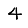
Digit: 4